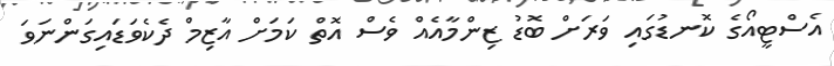
އެސްޓީއޯގެ ކޮނޑުގައި ވަރަށް ބޮޑު ޒިންމާއެއް ވެސް އޮތް ކަމަށް އާޒިމް ދެކެވަޑައިގަންނަވަ